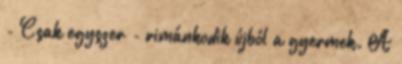
- Csak egyszer - rimánkodik újból a gyermek. A